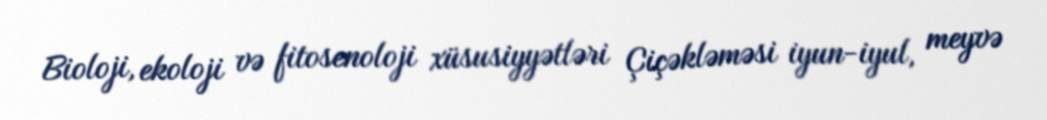
Bioloji, ekoloji və fitosenoloji xüsusiyyətləri Çiçəkləməsi iyun-iyul, meyvə